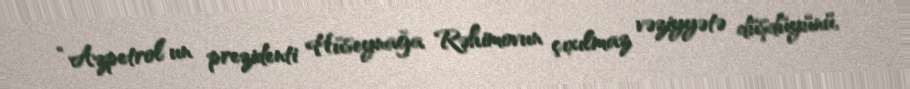
“Azpetrol”un prezidenti Hüseynağa Rəhimovun çıxılmaz vəziyyətə düşdüyünü,